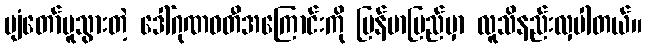
ပျံတော်မူသွားတဲ့ ဒေါ်ဂုဏဝတီအကြောင်းကို မြန်မာပြည်မှာ လူသိနည်းလှပါတယ်။